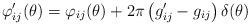
LaTeX: \begin{align*}\varphi _{ij}^{\prime }(\theta )=\varphi _{ij}(\theta )+2\pi \left(g_{ij}^{\prime }-g_{ij}\right) \delta (\theta ) \end{align*}